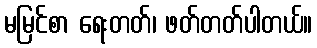
မမြင်စာ ရေးတတ်၊ ဖတ်တတ်ပါတယ်။